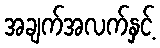
အချက်အလက်နှင့်